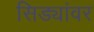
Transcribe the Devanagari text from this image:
सिड्यांवर